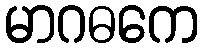
မာဂဓကေ